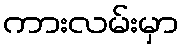
ကားလမ်းမှာ